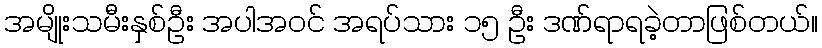
အမျိုးသမီးနှစ်ဦး အပါအဝင် အရပ်သား ၁၅ ဦး ဒဏ်ရာရခဲ့တာဖြစ်တယ်။